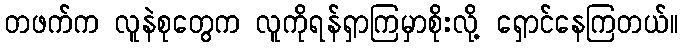
တဖက်က လူနဲစုတွေက လူကိုရန်ရှာကြမှာစိုးလို့ ရှောင်နေကြတယ်။